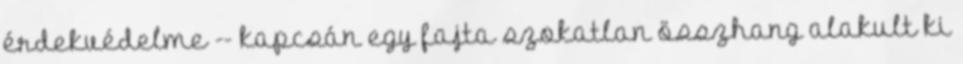
érdekvédelme -- kapcsán egy fajta szokatlan összhang alakult ki